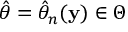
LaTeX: { \hat { \theta } } = { \hat { \theta } } _ { n } ( \mathbf { y } ) \in \Theta